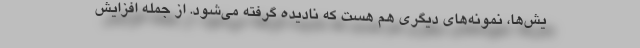
یش‌ها، نمونه‌های دیگری هم هست که نادیده گرفته می‌شود. از جمله افزایش